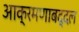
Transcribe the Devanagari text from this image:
आक्रमणाबद्दल